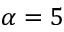
\alpha = 5